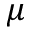
\mu